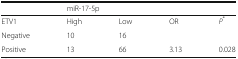
<table><thead><tr><td></td><td colspan="4"><b>miR-17-5p</b></td></tr></thead><tbody><tr><td>ETV1</td><td>High</td><td>Low</td><td>OR</td><td><i>P</i><sup>*</sup></td></tr><tr><td>Negative</td><td>10</td><td>16</td><td></td><td></td></tr><tr><td>Positive</td><td>13</td><td>66</td><td>3.13</td><td>0.028</td></tr></tbody></table>